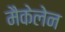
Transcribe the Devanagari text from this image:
मैकेलेन